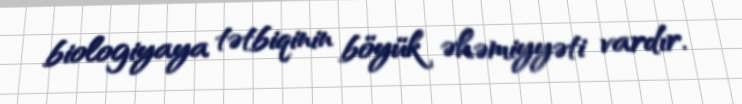
biologiyaya tətbiqinin böyük əhəmiyyəti vardır.